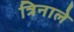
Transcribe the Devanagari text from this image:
त्रिनाले